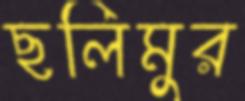
ছলিমুর